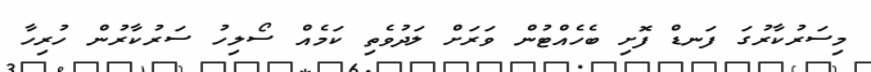
މިސަރުކާރުގަ ފަނޑް ފޮށި ބެހެއްޓުން ވަރަށް ލަދުވެތި ކަމެއް ސޯލިހު ސަރުކާރުން ހުރިހާ